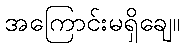
အကြောင်းမရှိချေ။